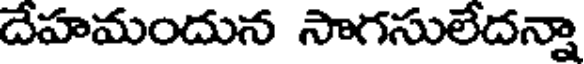
దేహమందున సాగసులేదన్నా